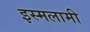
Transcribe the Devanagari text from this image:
इस्मलामी